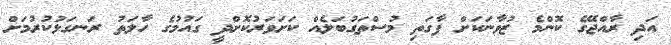
އަދި ރާއްޖޭގެ ކޮންމެ ޒުވާނަކަށް ފާގަތި މުސްތަގުބަލެއް ކަށަވަރުކޮށްދީ ގައުމުގެ ހާލަތު ރަނގަޅުކުރުމަށް